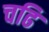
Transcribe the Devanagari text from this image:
चढि